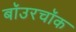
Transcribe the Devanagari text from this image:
बॉउरचॉक